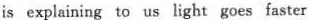
is explaining to us light goes faster